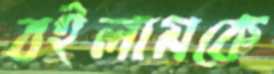
বইলামকে